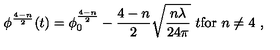
\phi ^ { \frac { 4 - n } { 2 } } ( t ) = \phi _ { 0 } ^ { \frac { 4 - n } { 2 } } - \frac { 4 - n } { 2 } \sqrt { \frac { n \lambda } { 2 4 \pi } } \ t \mathrm { f o r } \ n \not = 4 \ ,